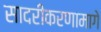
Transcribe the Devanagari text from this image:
सादरीकरणामागे